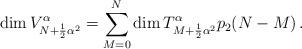
LaTeX: \begin{align*}\mbox{dim} \, V^{\alpha}_{N+\frac{1}{2}{\alpha}^2}= \sum_{M=0}^{N} \mbox{dim} \, T^{\alpha}_{M+\frac{1}{2}{\alpha}^2}p_2(N-M)\,.\end{align*}